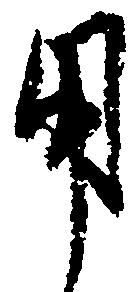
用